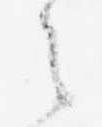
之